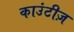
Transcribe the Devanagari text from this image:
काउंटीज़